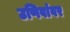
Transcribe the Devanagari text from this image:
उणिवांवर